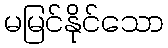
မမြင်နိုင်သော